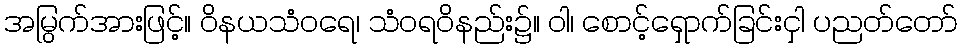
အမြွက်အားဖြင့်။ ဝိနယသံဝရေ၊ သံဝရဝိနည်း၌။ ဝါ၊ စောင့်ရှောက်ခြင်းငှါ ပညတ်တော်